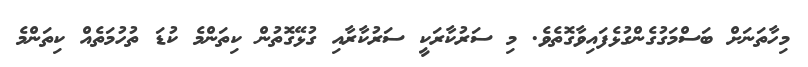
މިހާތަނަށް ބަސްމަގުގެންގުޅެފައިވާގޮތެވެ. މި ސަރުކާރަކީ ސަރުކާރާއި ގުޅޭގޮތުން ކިތަންމެ ކުޑަ ތުހުމަތެއް ކިތަންމެ